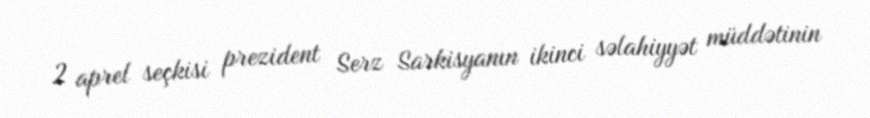
2 aprel seçkisi prezident Serz Sarkisyanın ikinci səlahiyyət müddətinin